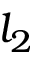
l _ { 2 }